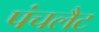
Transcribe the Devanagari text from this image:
पंचलैट